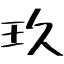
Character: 玖